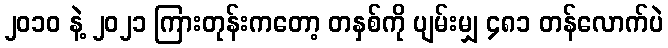
၂၀၁၀ နဲ့ ၂၀၂၁ ကြားတုန်းကတော့ တနှစ်ကို ပျမ်းမျှ ၄၈၁ တန်လောက်ပဲ